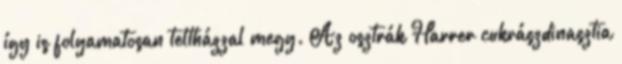
így is folyamatosan teltházzal megy. Az osztrák Harrer cukrászdinasztia